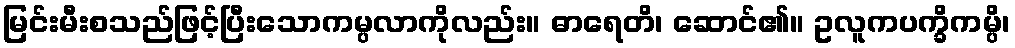
မြင်းမီးစသည်ဖြင့်ပြီးသောကမ္ပလာကိုလည်း။ ဓာရေတိ၊ ဆောင်၏။ ဥလူကပက္ခိကမ္ပိ၊